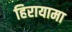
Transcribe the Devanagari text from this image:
हिरायामा